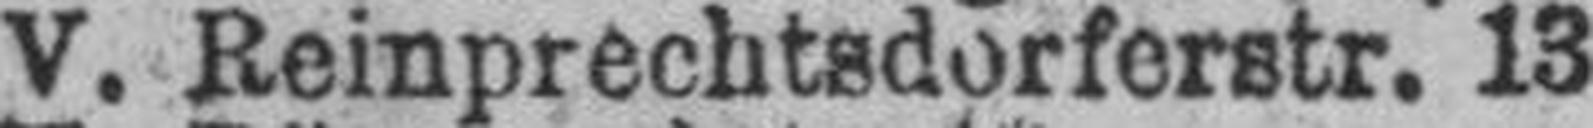
V. Reinprechtsdorferstr. 13